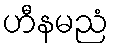
ဟီနမညံ